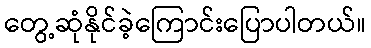
တွေ့ဆုံနိုင်ခဲ့ကြောင်းပြောပါတယ်။